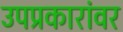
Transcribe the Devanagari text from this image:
उपप्रकारांवर